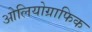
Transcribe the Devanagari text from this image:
ओलियोग्राफिक